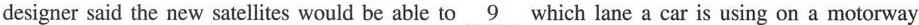
designer said the new satellites would be able to \underline{9} which lane a car is using on a motorway